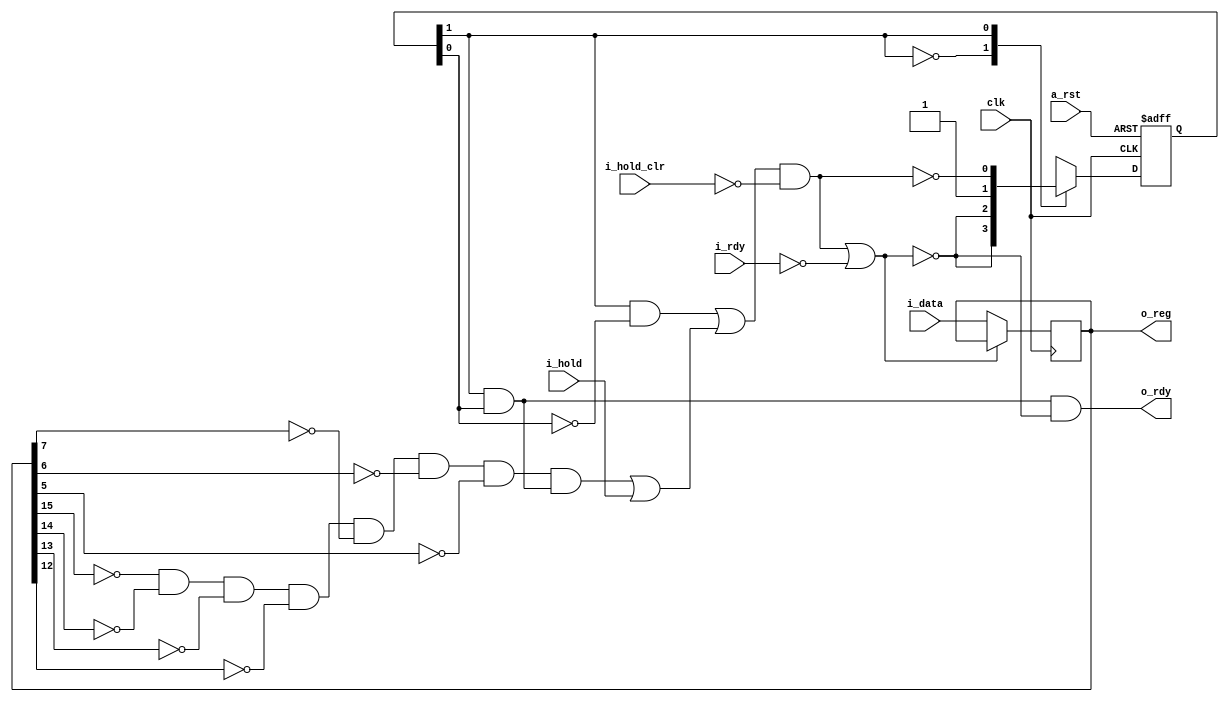

/**
 * Fetch Phase:
 * IR <- IMemory Input
**/

/**
 * Commands:
 * i_hold     : positive high, set the fetch unit in hold mode and interrupt current fetch, at the next clock pulse until an i_hold_clr command is issued
 *              the i_status output should be clear and no new fetches should occour
 * i_hold_clr : positive high, set the fetch unit in fetch mode and allow current fetch, at the next clock pulse until an i_hold command is issued
 *              the i_status output should be set if fetch occurred
 * Signals:
 * i_rdy      : positive high, memory ready/not ready status signal, no fetch should occour when i_rdy is low
 * o_rdy      : positive high, a new instruction has been fetched
 * 
 * Data:
 * i_data     : Instruction Memory Data, contains the next to fetch instruction
 * o_reg      : Current Instruction Register, contains the full fetched instruction
**/

module fe_unit(
    input wire           clk,          // Clock signal
    input wire           a_rst,        // Async Reset
    input wire           i_hold,       // Issue Hold command
    input wire           i_hold_clr,   // Clear Hold command
    input wire           i_rdy,        // Instruction Memory Ready
    input wire[15:0]     i_data,       // Instruction Data
    output wire          o_rdy,        // Instruction Ready
    output wire[15:0]    o_reg         // Last Valid Fetched
);

reg [15:0] ir;

// Statuses
// invalid (00): transitional status, next clock goto valid
// reserve (01): transitional status, next clock goto invalid
// wait    (10): stable status, next clock goto valid if hold is cleared
// valid   (11): stable status, next clock goto wait if hazard happen

reg [1:0] status;

// Combinatorial
wire status_wait = status[1] & ~status[0];
wire status_valid = status[1] & status[0];

wire jump = ~ir[15] & ~ir[14] & ~ir[13] & ~ir[12] & ~ir[7] & ~ir[6] & ~ir[5];

// Next State
wire keep_wait = status_wait;
wire next_wait = (jump & status_valid) | i_hold;

wire status_next_wait = (keep_wait | next_wait) & ~i_hold_clr;

// Combinatorial
wire hold = status_next_wait | ~i_rdy;

always @(posedge clk or negedge a_rst) begin
    if (~a_rst) begin
        status <= 2'b0;
    end else begin
        case(status[1])
        1'b0: status <= {~hold, ~hold};
        1'b1: status <= {status[1], ~status_next_wait};
        endcase
    end
end

// IR, ready every cycle if can read
always @(posedge clk) begin
    if (~hold) begin
        ir <= i_data;
    end
end

// Ports assignment

assign o_reg = ir;
assign o_rdy = status_valid & ~hold;

endmodule